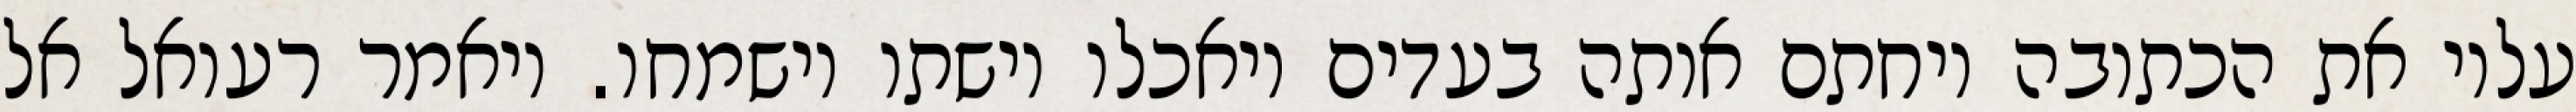
עליו את הכתובה ויחתם אותה בעדים ויאכלו וישתו וישמחו. ויאמר רעואל אל